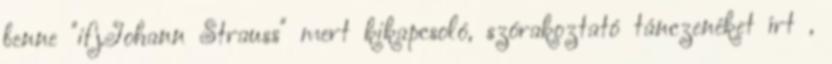
benne "ifj.Johann Strauss" mert kikapcsoló, szórakoztató tánczenéket írt ,